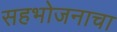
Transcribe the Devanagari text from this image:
सहभोजनाचा